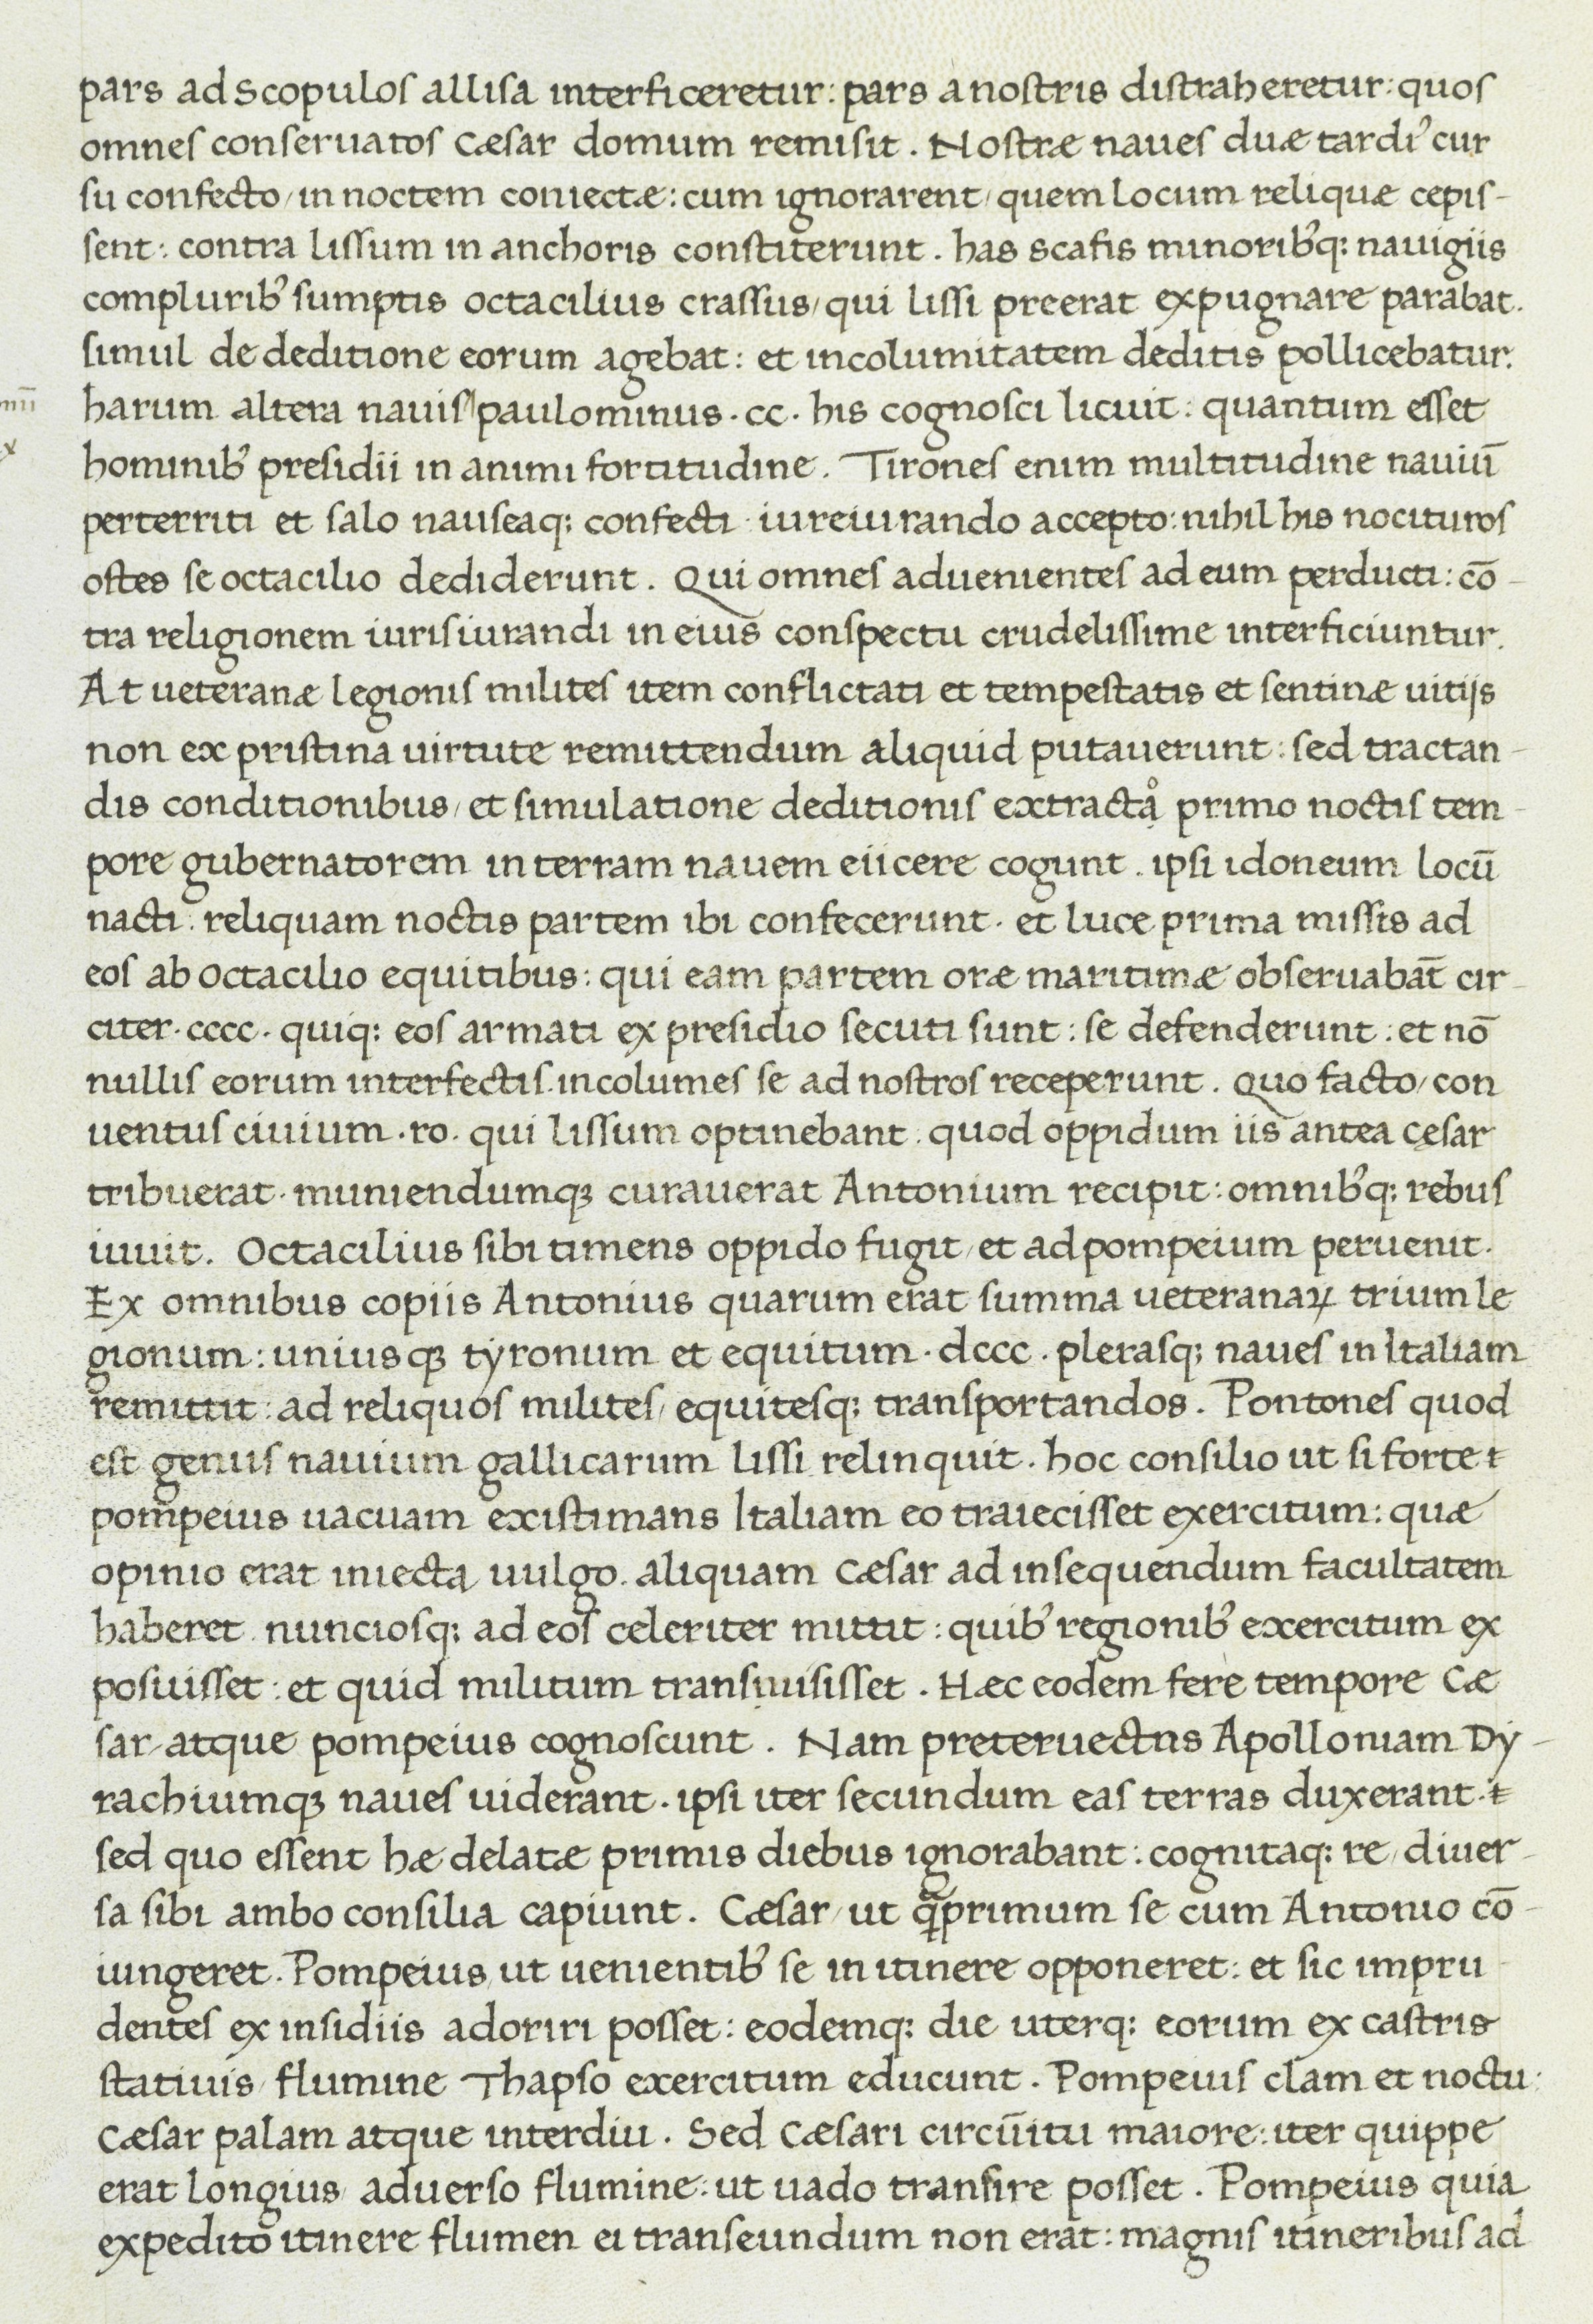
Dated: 1400–1499